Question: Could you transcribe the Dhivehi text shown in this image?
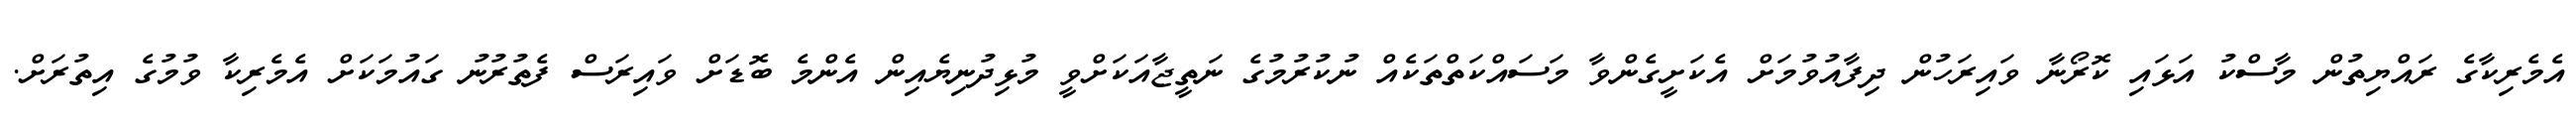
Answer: އެމެރިކާގެ ރައްޔިތުން މާސްކު އަޅައި ކޮރޯނާ ވައިރަހުން ދިފާއުވުމަށް އެކަށީގެންވާ މަސައްކަތްތަކެއް ނުކުރުމުގެ ނަތީޖާއަކަށްވީ މުޅިދުނިޔެއިން އެންމެ ބޮޑަށް ވައިރަސް ފެތުރުނު ގައުމަކަށް އެމެރިކާ ވުމުގެ އިތުރަށް.